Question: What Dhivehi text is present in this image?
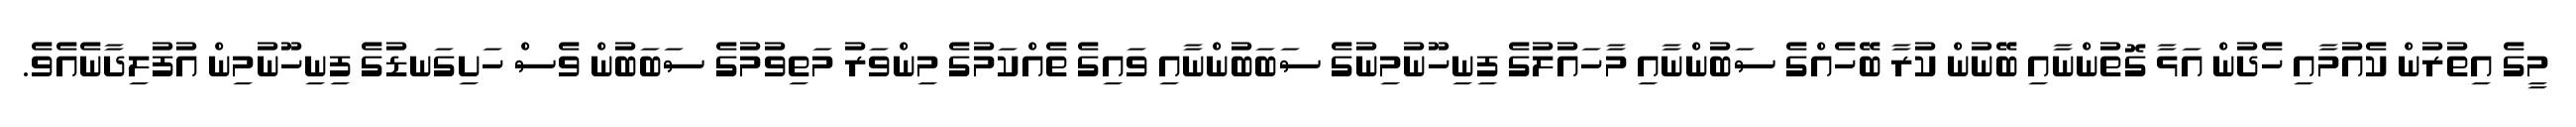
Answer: މީގެ އިތުރުން ކެއުމާއި ހެދުން އަޅާ ގޮތުންނާއި ބޭނުން ކުރާ ބޭހެއްގެ ސަބުންނާއި މާހައުލުގެ ފިނިހޫނުމިނުގެ ސަބަބުންނާއި ވައިގެ ތެއްކަމުގެ މިންވަރު މަތިވުމުގެ ސަބަބުން ވެސް ހަށިގަނޑުގެ ފިނިހޫނުމިން އުފުލިދާނެއެވެ.